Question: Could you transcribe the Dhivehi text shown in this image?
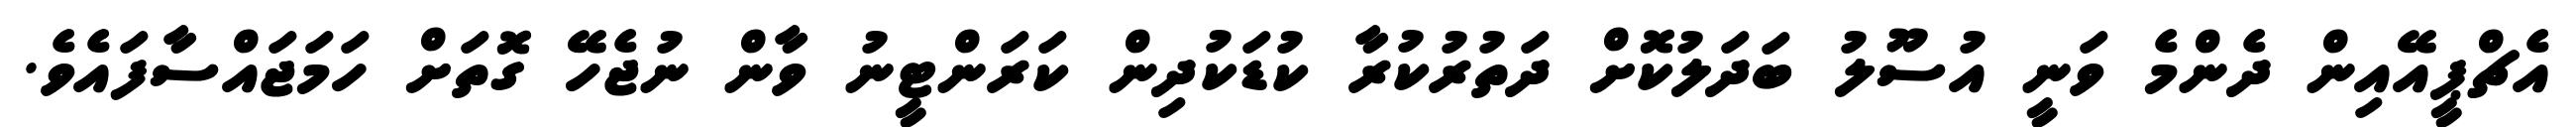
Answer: އެޗްޕީއޭއިން ދެންމެ ވަނީ އުސޫލު ބަދަލުކޮށް ދަތުރުކުރާ ކުޑަކުދިން ކަރަންޓީނު ވާން ނުޖެހޭ ގޮތަށް ހަމަޖައްސާފައެވެ.